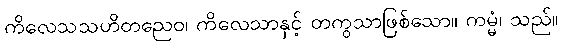
ကိလေသသဟိတညေဝ၊ ကိလေသာနှင့် တကွသာဖြစ်သော။ ကမ္မံ၊ သည်။